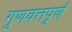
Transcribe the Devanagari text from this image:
गुणवत्तपूर्ण